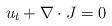
LaTeX: \begin{align*}u_{t}+\nabla\cdot J=0 \end{align*}